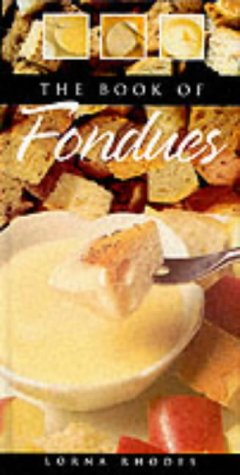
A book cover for Fondues; Lorna Rhodes; Cookbooks, Food & Wine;